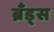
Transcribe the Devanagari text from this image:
ब्रँड्स